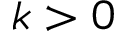
k > 0